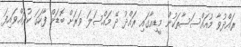
ރައްދުވާ މުއައްސަސާތަކުން މީޑިއާގައި ރައްދު ދޭ މައްސަލަ ވަރަށް ބޮޑަށް ފާހަގަ ކުރައްވައިފަ